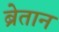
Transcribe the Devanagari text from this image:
ब्रेतान